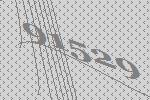
91529